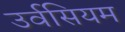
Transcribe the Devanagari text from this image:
उर्वसियम